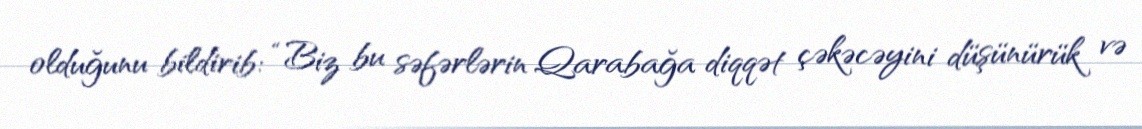
olduğunu bildirib: “Biz bu səfərlərin Qarabağa diqqət çəkəcəyini düşünürük və